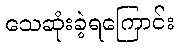
သေဆုံးခဲ့ရကြောင်း